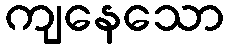
ကျနေသော